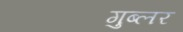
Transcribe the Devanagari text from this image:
गुब्लर